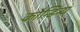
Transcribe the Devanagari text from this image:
कौन्डिन्य